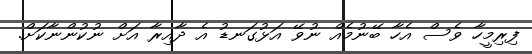
ފިރިމީހާ ވެސް އެހާ ބޭނުމެއް ނުވޭ އަޅުގަނޑު އެ ދާއިރާ އަށް ނުކުންނާކަށް.